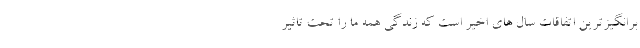
برانگیزترین اتفاقات سال های اخیر است که زندگی همه ما را تحت تاثیر